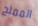
المملح